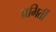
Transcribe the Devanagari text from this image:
प्रभिर्ती